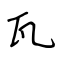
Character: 瓦